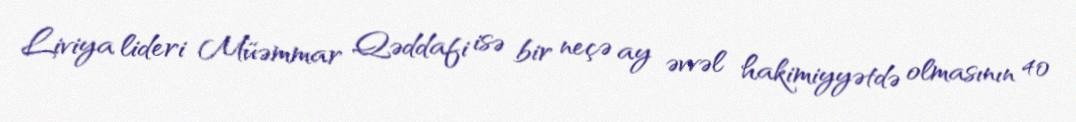
Liviya lideri Müəmmar Qəddafi isə bir neçə ay əvvəl hakimiyyətdə olmasının 40